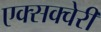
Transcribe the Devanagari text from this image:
एक्सक्वेरी